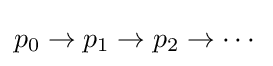
p_{0}\rightarrow p_{1}\rightarrow p_{2}\rightarrow \cdots